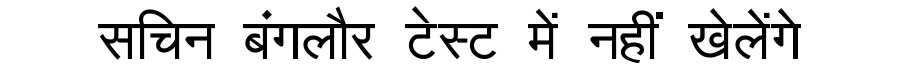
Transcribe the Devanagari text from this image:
सचिन बंगलौर टेस्ट में नहीं खेलेंगे